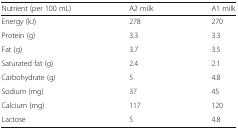
<table><thead><tr><td><b>Nutrient (per 100 mL)</b></td><td><b>A2 milk</b></td><td><b>A1 milk</b></td></tr></thead><tbody><tr><td>Energy (kJ)</td><td>278</td><td>270</td></tr><tr><td>Protein (g)</td><td>3.3</td><td>3.3</td></tr><tr><td>Fat (g)</td><td>3.7</td><td>3.5</td></tr><tr><td>Saturated fat (g)</td><td>2.4</td><td>2.1</td></tr><tr><td>Carbohydrate (g)</td><td>5</td><td>4.8</td></tr><tr><td>Sodium (mg)</td><td>37</td><td>45</td></tr><tr><td>Calcium (mg)</td><td>117</td><td>120</td></tr><tr><td>Lactose</td><td>5</td><td>4.8</td></tr></tbody></table>